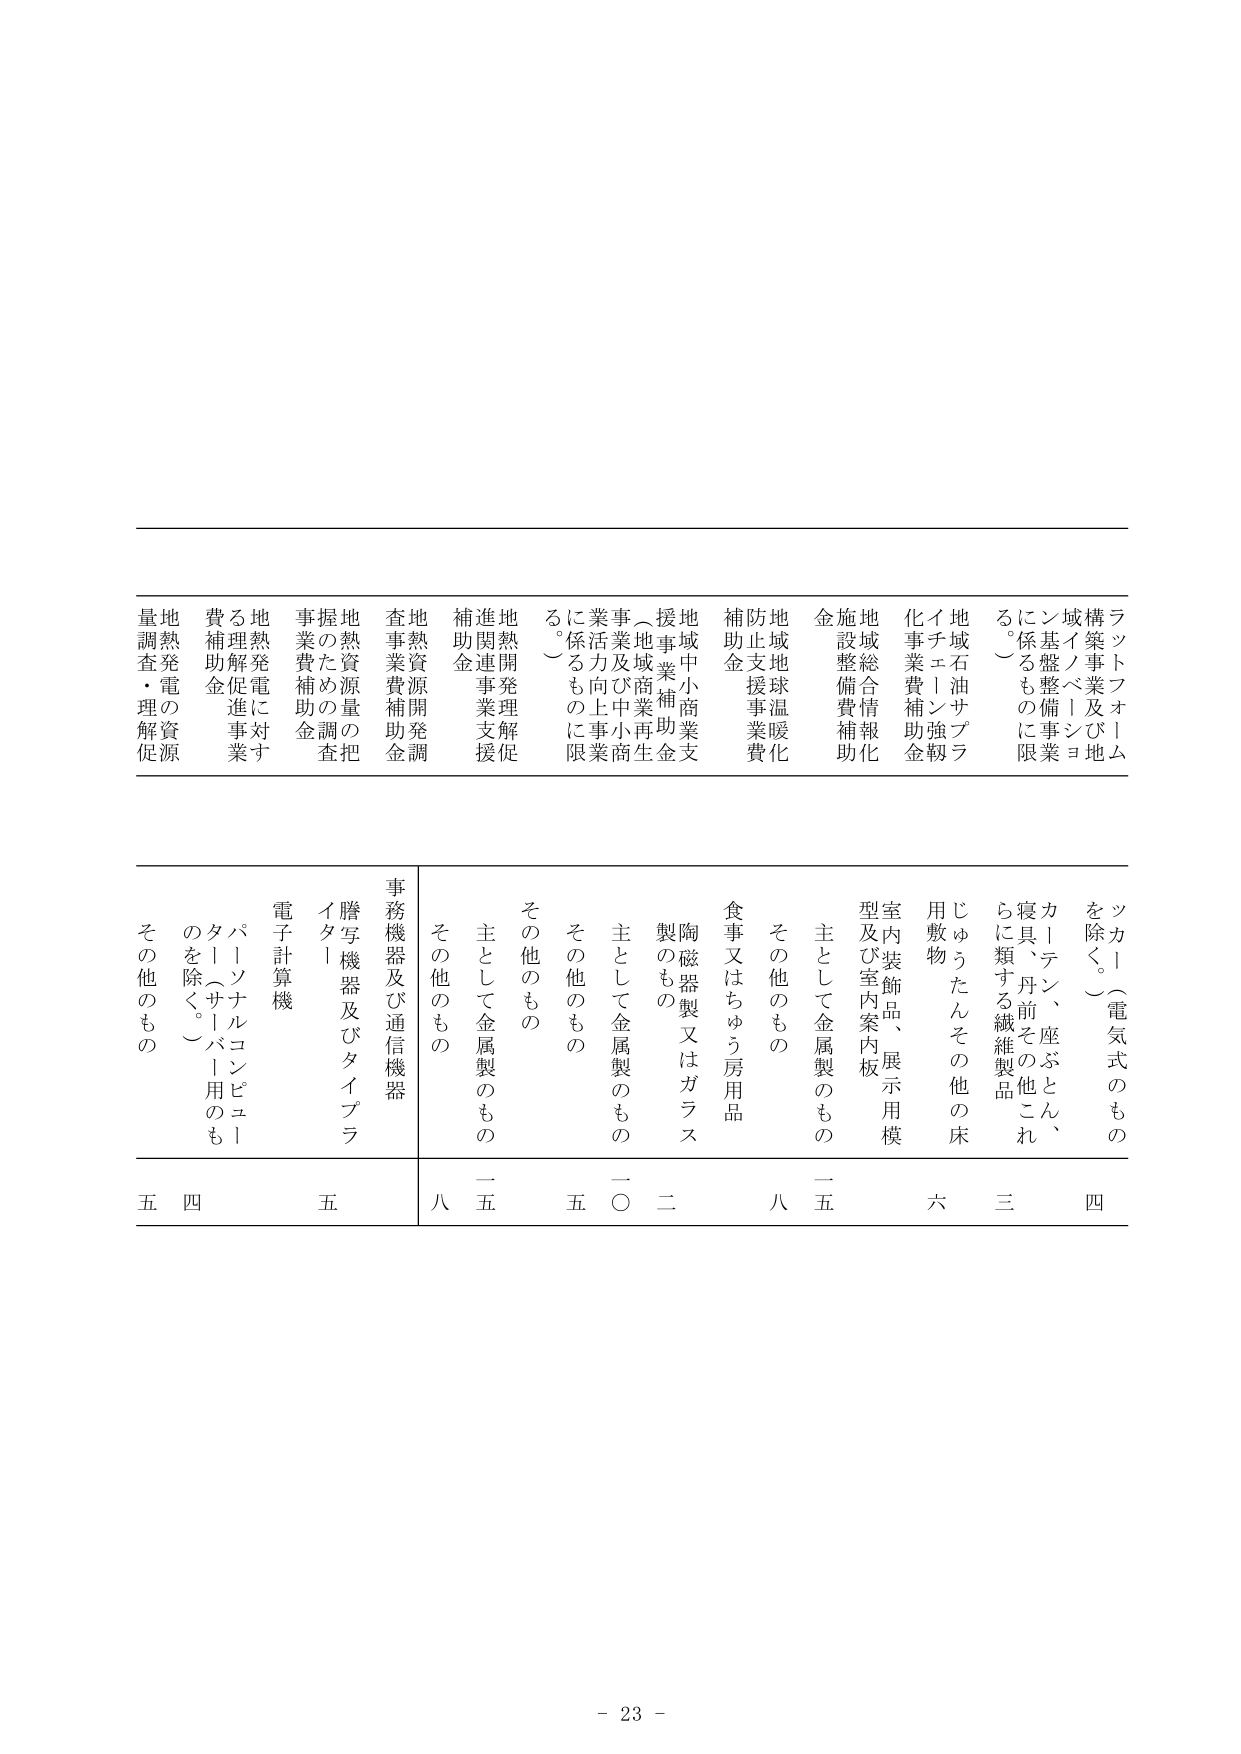
ラットフォーム
構築事業及び地
域イノベーション
に係る整備事業
（基盤整備に係るも
の）

地域石油サプライチェーン強化
事業費補助金

地域総合情報化
施設整備費補助金

地域地球温暖化
防止支援事業費
補助金

地域中小商業支援事業補助金
（地域商業再生事業及び中小商業
活力向上事業に係るものに限る）

地熱開発理解促進関連事業支援
補助金

地熱資源開発調査事業費補助金

地熱資源量把握のための調査
事業費補助金

地熱発電に対する理解促進事業
費補助金

地熱発電資源量調査・理解促進

ツカ（電気式のものを除く。）
四

カーテン、座ぶとん、
寝具、丹前その他これ
らに類する繊維製品
三

じゅうたんその他の床用敷物
六

室内装飾品、展示用模型及び室内案内板
主として金属製のもの
一五

その他もの
八

食事又はちゅう房用品
陶磁器製又はガラス製のもの
主として金属製のもの
一〇二

その他もの
五

その他もの
主として金属製のもの
一五

その他もの
八

事務機器及び通信機器
謄写機器及びタイプライター
電子計算機
五

パーソナルコンピュータ（サーバー用のものを除く。）
四

その他もの
五

- 23 -